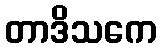
တာဒိသကေ